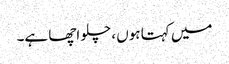
میں کہتا ہوں ، چلو اچھا ہے۔